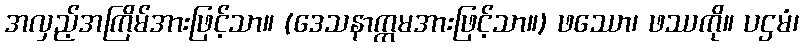
အလှည့်အကြိမ်အားဖြင့်သာ။ (ဒေသနာက္ကမအားဖြင့်သာ။) ဖဿော၊ ဖဿကို။ ပဌမံ၊